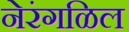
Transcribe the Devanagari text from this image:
नेरंगळिल